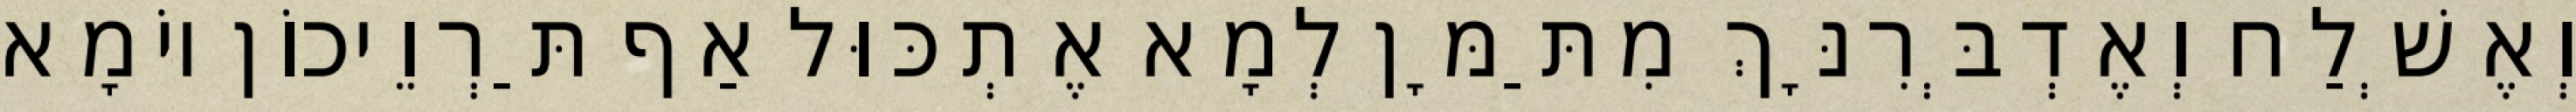
וְאֶשְׁלַח וְאֶדְבְּרִנָּךְ מִתַּמָּן לְמָא אֶתְכּוּל אַף תַּרְוֵיכוֹן יוֹמָא